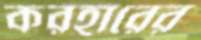
করহারের